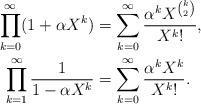
LaTeX: \begin{align*}\prod_{k=0}^\infty(1+\alpha X^k)&=\sum_{k=0}^\infty\frac{\alpha^kX^{\binom{k}{2}}}{X^k!},\\\prod_{k=1}^\infty\frac{1}{1-\alpha X^k}&=\sum_{k=0}^\infty\frac{\alpha^kX^k}{X^k!}.\end{align*}